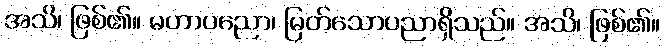
အသိ၊ ဖြစ်၏။ မဟာပညော၊ မြတ်သောပညာရှိသည်။ အသိ၊ ဖြစ်၏။